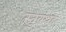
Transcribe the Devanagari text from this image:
स्तुवथह